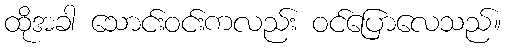
ထိုအခါ သောင်းဝင်းကလည်း ဝင်ပြောလေသည်။